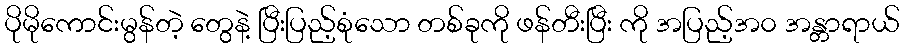
ပိုမိုကောင်းမွန်တဲ့ တွေနဲ့ ပြီးပြည့်စုံသော တစ်ခုကို ဖန်တီးပြီး ကို အပြည့်အ၀ အန္တာရာယ်